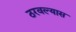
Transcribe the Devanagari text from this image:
ठरवल्यास